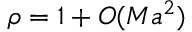
\rho = 1 + O ( M a ^ { 2 } )